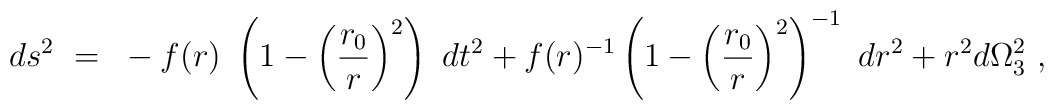
ds^2~=~-f(r)~\left(1-\left(\frac{r_0}{r}\right)^2\right)~dt^2 +f(r)^{-1}\left(1-\left(\frac{r_0}{r}\right)^2\right)^{-1}~dr^2 + r^2d\Omega_3^2~,